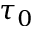
\tau _ { 0 }